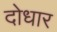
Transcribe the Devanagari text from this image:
दोधार